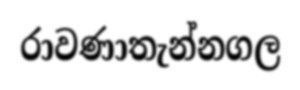
රාවණාතැන්නගල